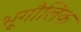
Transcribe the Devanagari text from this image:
भूगौलिक